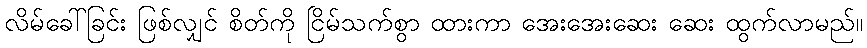
လိမ်ခေါ်ခြင်း ဖြစ်လျှင် စိတ်ကို ငြိမ်သက်စွာ ထားကာ အေးအေးဆေး ဆေး ထွက်လာမည်။